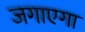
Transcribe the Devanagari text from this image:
जगाएगा